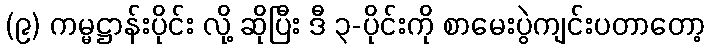
(၉) ကမ္မဋ္ဌာန်းပိုင်း လို့ ဆိုပြီး ဒီ ၃-ပိုင်းကို စာမေးပွဲကျင်းပတာတော့